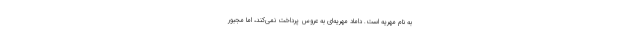
به نام مهریه است. داماد مهریه‌ای به عروس پرداخت نمی‌کند، اما مجبور